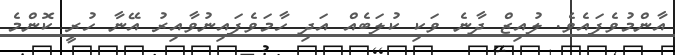
އާންމުވެފައެވެ. ލުއިޒް ދާނެ ވަކި ކުލަބެއް އަދި ހާމަވެފައިނުވާއިރު އޭނާ ހުރީ ކޮންމެ